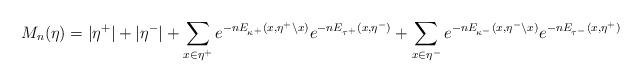
LaTeX: \begin{align*} M_n(\eta) = |\eta^+| + |\eta^-| + \sum \limits_{x \in \eta^+}e^{-n E_{\kappa^+}(x, \eta^+ \backslash x)}e^{-n E_{\tau^+}(x,\eta^-)} + \sum \limits_{x \in \eta^-}e^{-nE_{\kappa^-}(x,\eta^- \backslash x)}e^{-n E_{\tau^-}(x,\eta^+)}\end{align*}